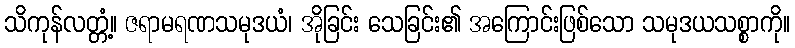
သိကုန်လတ္တံ့။ ဇရာမရဏသမုဒယံ၊ အိုခြင်း သေခြင်း၏ အကြောင်းဖြစ်သော သမုဒယသစ္စာကို။